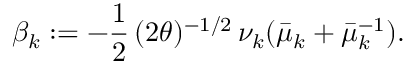
\beta _ { k } : = - \frac { 1 } { 2 } \, ( 2 \theta ) ^ { - 1 / 2 } \, \nu _ { k } ( \bar { \mu } _ { k } + \bar { \mu } _ { k } ^ { - 1 } ) .